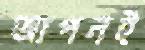
আপনই